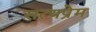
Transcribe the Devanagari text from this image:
सत्यप्रेम